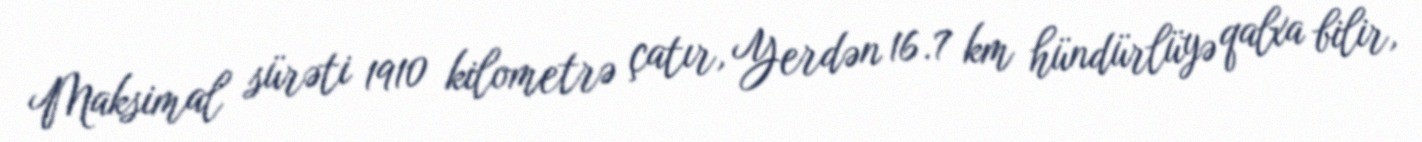
Maksimal sürəti 1910 kilometrə çatır, Yerdən 16.7 km hündürlüyə qalxa bilir,